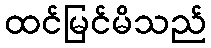
ထင်မြင်မိသည်